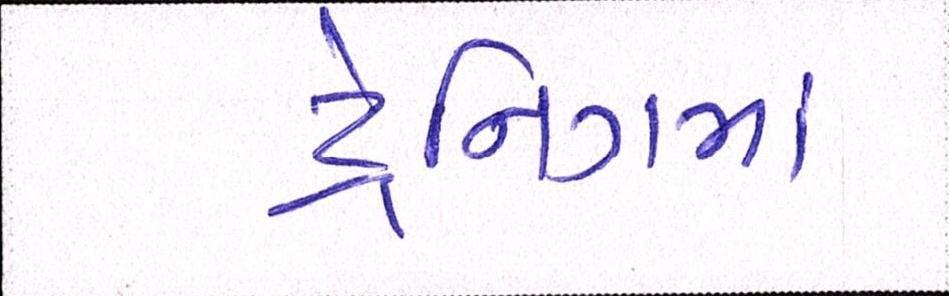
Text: ટ્રેનિગમા